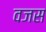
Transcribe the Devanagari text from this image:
वजस